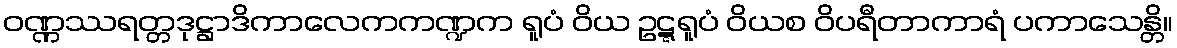
ဝဏ္ဏဿရတ္တဒုဋ္ဌာဒိကာလေကကဏ္ဍက ရူပံ ဝိယ ဥဋ္ဋရူပံ ဝိယစ ဝိပရီတာကာရံ ပကာသေန္တိ။